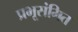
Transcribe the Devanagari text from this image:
प्रभूसंमित